Annual report of the Bengal Veterinary College and of the Civil Veterinary Department, Bengal, for the year 1911-1912 - 1911-1912
Year: 1911
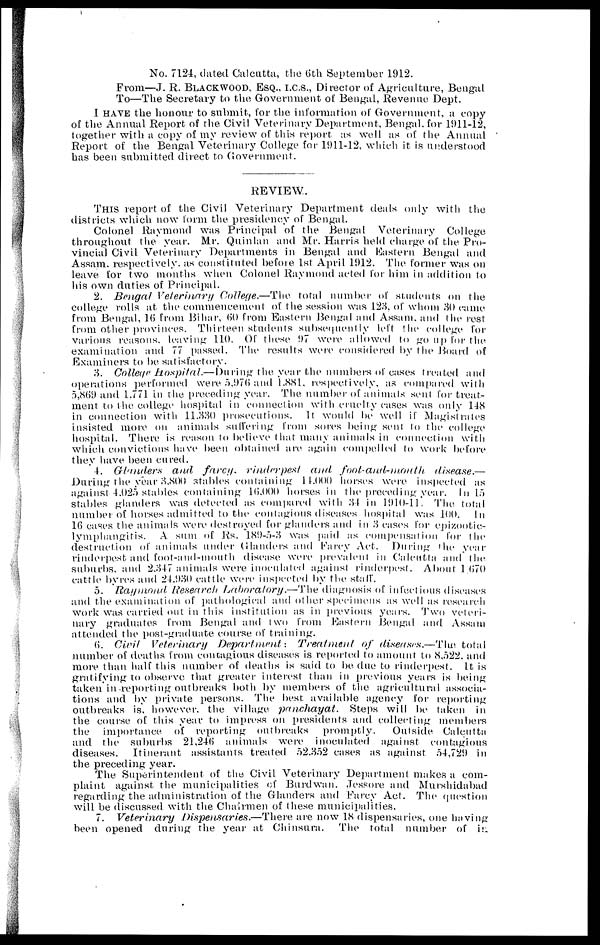
No. 7124, dated Calcutta, the (5th September 1912.
From—J. R. BLACKWOOD, ESQ., I.C.S., Director of Agriculture, Bengal
To—The Secretary to the Government of Bengal, Revenue Dept.
I HAVE the honour to submit, for the information of Government, a copy
of the Annual Report of the Civil Veterinary Department, Bengal, for 1911-12,
together with a copy of my review of this report as well as of the Annual
Report of the Bengal Veterinary College for 1911-12, which it is understood
has been submitted direct to Government.
REVIEW.
THIS report of the Civil Veterinary Department deals only with the
districts which now form the presidency of Bengal.
Colonel Raymond was Principal of the Bengal Veterinary College
throughout the year. Mr. Quinlan and Mr. Harris held charge of the Pro-
vincial Civil Veterinary Departments in Bengal and Eastern Bengal and
Assam, respectively, as constituted, before 1st April 1912. The former was on
leave for two months when Colonel Raymond acted for him in addition to
his own duties of Principal.
2. Bengal Veterinary
College.—The total number of students on the
college rolls at the commencement of the session was 128, of whom 30 came
from Bengal, 16 from Bihar, 60 from Eastern Bengal and Assam, and the rest
from other provinces. Thirteen students subsequently left the college for
various reasons, leaving 110. Of these 97 were allowed to go up for the
examination and 77 passed. The results wore considered by the Board of
Examiners to be satisfactory.
3. College Hospital.— During the year the numbers of cases treated and
operations performed were 5,976 and 1.881, respectively, as compared with
5,869 and 1,771 in the preceding year. The number of animals sent for treat-
ment to the college hospital in connection with cruelty cases was only 1-18
in connection with 11.330 prosecutions. It would be well if Magistrates
insisted more on animals suffering from sores being sent to the college
hospital. There is reason to believe that many animals in connection with
which convictions have been obtained are again compelled to work before
they have been cured.
4. Glanders
and farcy,
rinderpest
and
foot-and-mouth
disease.—
During the year 3,800 stables containing 14,000 horses were inspected as
against 4,025 stables containing 16,000 horses in the preceding year. In 15
stables glanders was detected as compared with 34 in 1910-11, The total
number of horses admitted to the contagious diseases hospital was 100. In
16 cases the animals were destroyed for glanders and in 3 cases for epizootic-
lymphangitis. A sum of Rs. 189-5-3 was paid as compensation for the
destruction of animals under Glanders and Farcy Act. During the year
rinderpest and foot-and-mouth disease were prevalent in Calcutta and the
suburbs, and 2,347 animals were inoculated against rinderpest. About 1 670
cattle byres and 24.930 cattle were inspected by the staff.
5. Raymond Research Laboratory.—The
diagnosis of infectious diseases
and. the examination of pathological and other specimens as well as research
work was carried out in this institution as in previous years. Two veteri-
nary graduates from Bengal and two from Eastern Bengal and Assam
attended the post-graduate course of training.
6. Civil
Veterinary
Department:
Treatment
of diseases.—The
total
number of deaths from contagious diseases is reported to amount to 8,522, and
more than half this number of deaths is said to be due to rinderpest. It is
gratifying to observe that greater interest than in previous years is being
taken in reporting outbreaks both by members of the agricultural associa-
tions and by private persons. The best available agency for reporting
outbreaks is, however, the village panchayat.
Steps will be taken in
the course of this year to impress on presidents and collecting members
the importance of reporting outbreaks
promptly.
Outside Calcutta
and the suburbs 21,246 animals were inoculated against contagious
diseases. Itinerant assistants treated 52,352 cases as against 54,729 in
the preceding year.
The Superintendent of the Civil Veterinary Department makes a com-
plaint against the municipalities of Burdwan, Jessore and Murshidabad
regarding the administration of the Glanders and Farcy Act. The question
will be discussed with the Chairmen of these municipalities.
7. Veterinary
Dispensaries.—There
are now 18 dispensaries, one having
been opened during the year at Chinsura.
The total number of in